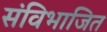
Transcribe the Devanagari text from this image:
संविभाजित